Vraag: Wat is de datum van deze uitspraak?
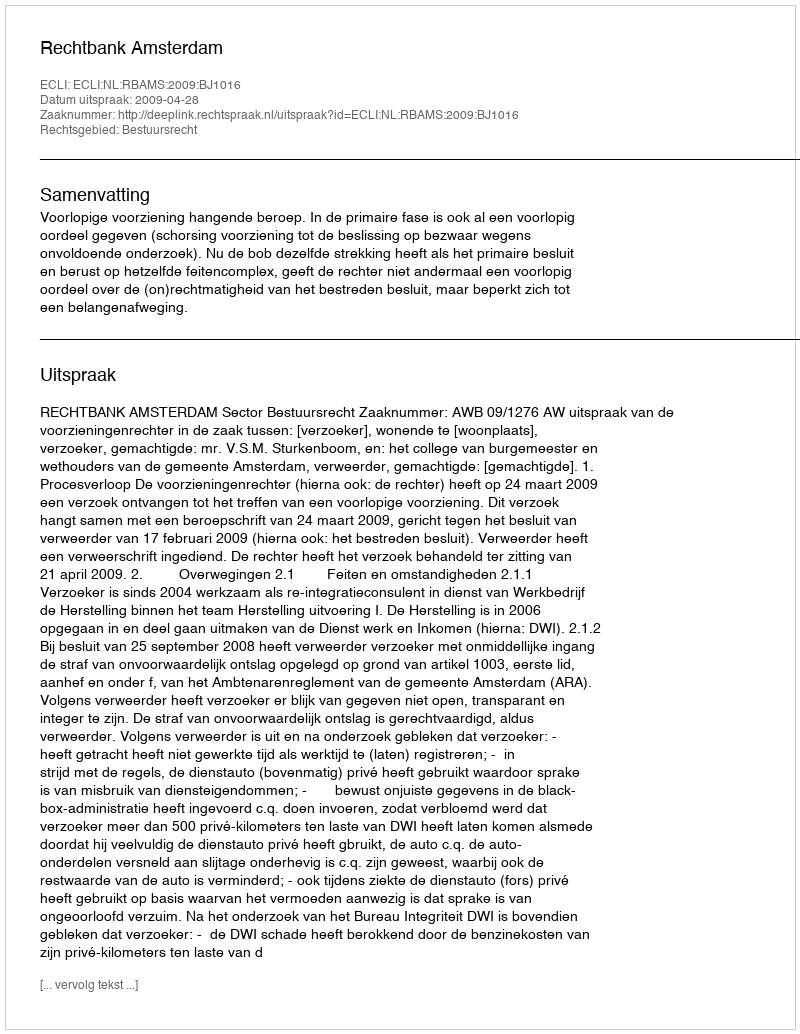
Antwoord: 2009-04-28